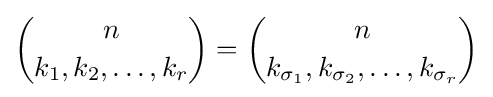
{n \choose k_{1},k_{2},\ldots ,k_{r}}={n \choose k_{\sigma _{1}},k_{\sigma _{2}},\ldots ,k_{\sigma _{r}}}